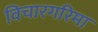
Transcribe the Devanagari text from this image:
विचारगरिमा